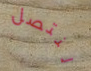
لنتصل